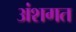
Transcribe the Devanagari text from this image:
अंशगत